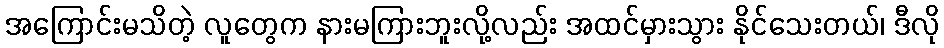
အကြောင်းမသိတဲ့ လူတွေက နားမကြားဘူးလို့လည်း အထင်မှားသွား နိုင်သေးတယ်၊ ဒီလို